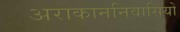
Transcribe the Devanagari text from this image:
अराकाननिवासियों